Report of the Imperial Institute of Veterinary Research, Muktesar
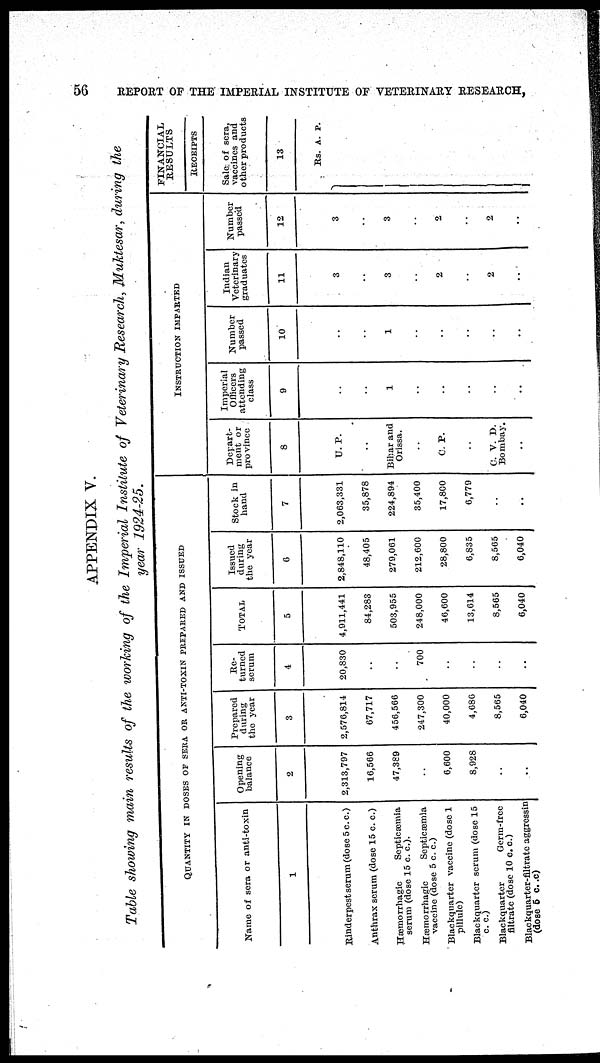
56
REPORT OF THE IMPERIAL INSTITUTE OF VETERINARY RESEARCH,
APPENDIX V.
Table showing main results of the working of the Imperial Institute of Veterinary Research, Muktesar, during the
year 1924-25.
QUANTITY IN DOSES OF SERA OR ANTI-TOXIN PREPARED AND ISSUED
Name of sera or anti-toxin
1
Rinderpest serum (dose 5 c. c.)
Anthrax scrum (dose 15 c. c.)
Hæmorrhaglc
Septicæmia
serum (dose 15 c. c).
Hæmorrhagic
Septicæmia
vaccine (dose 5 c. c.)
Blackquarter vaccine (dose 1
pillule)
Blackquarter serum (dose 15
c. c.)
Blackquarter
Germ-free
filtrate (dose 10 c. c.)
Blackquarter-filtrate aggressin
(dose 5 c.c.)
Opening
balance
2
2,313,797
16,566
47,389
..
6,600
8,928
..
..
Prepared
during
the year
3
2,570,814
67,717
456,566
247,300
40,000
4,686
8,565
6,040
Re-
turned
serum
4
20,830
...
..
700
..
..
..
..
TOTAL
5
4,911,441
84,283
503,955
248,000
46,600
13,614
8,565
6,040
Issued
during
the year
6
2,848,110
48,405
279,061
212,600
28,800
6,835
8,565
6,040
Stock in
hand
7
2,063,331
35,878
224,894
35,400
17,800
6,779
..
..
Depart-
ment or
province
8
U. P.
..
Bihar and
Orissa.
..
C. P.
..
C. V. D.
Bombay.
..
INSTRUCTION
IMPARTED
Imperial
Officers
attending
class
9
..
..
1
..
..
..
..
..
Number
passed
10
..
..
1
..
..
..
..
..
Indian
Veterinary
graduates
11
3
..
3
..
2
..
2
..
Number
passed
12
3
...
3
..
2
..
2
..
FINANCIAL
RESULTS
RECEIPTS
Sale of sera,
vaccines and
other products
13
Rs. A.P.